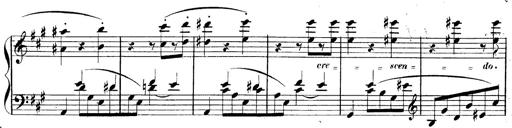
Title: 3 Caprices-Valses
Composer: Franz Liszt